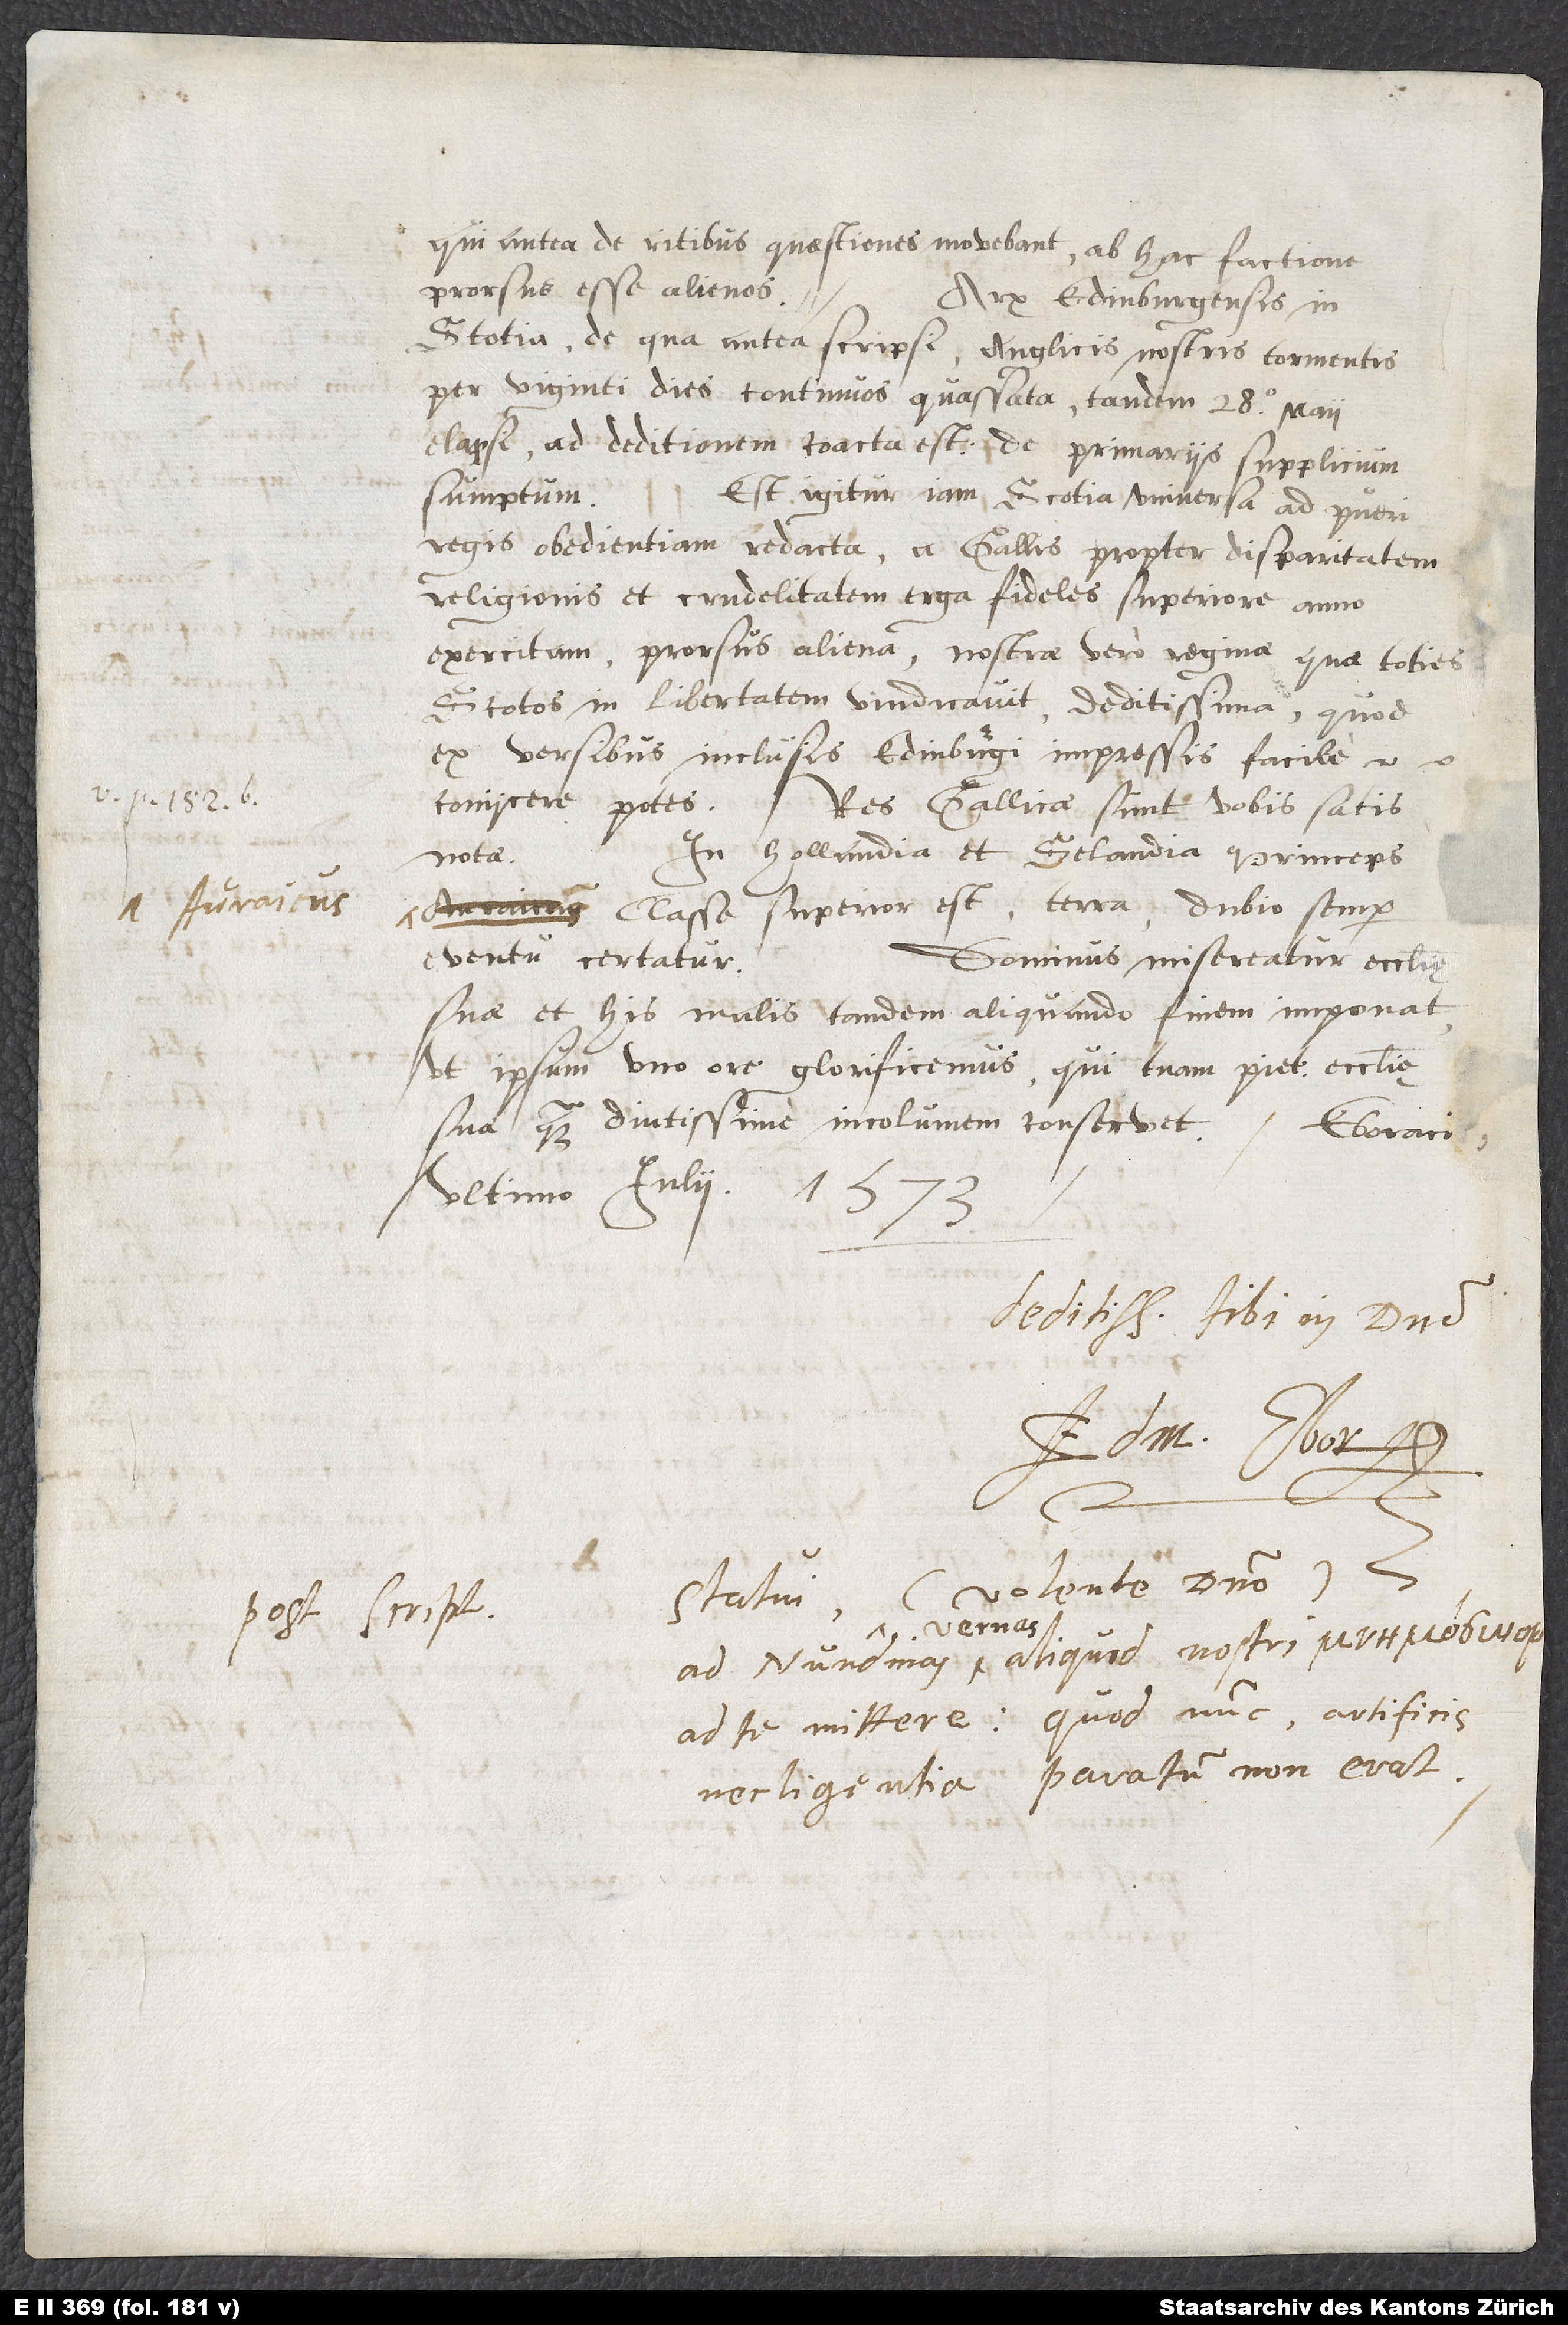
qui antea de ritibus quaestiones movebant, ab hac factione
prorsus esse alienos.
Arx Edinburgensis in
Scotia, de qua antea scripsi, Anglicis nostris tormentis
per viginti dies continuos quassata, tandem 28. maii
elapsi ad deditionem coacta est: de primariis supplicium
sumptum.
Est igitur iam Scotia universa ad pueri
obedientiam redacta; a Gallis propter disparitatem
religionis et crudelitatem erga fideles superiore anno
exercita prorsus aliena; nostrae vero reginae, quae toties
Scotos in libertatem vindicavit, deditissima; quod
ex versibus inclusis, Edinburgi impressis, facile
coniicere potes.
Res Gallicae sunt vobis satis
In Hollandia et Selandia princeps
notae.
Auraicus
classe superior est; terra dubio semper
Dominus misereatur ecclesię
eventu certatur.
suae, et his malis tandem aliquando finem imponat,
ut ipsum uno ore glorificemus; qui tuam pietatem ecclesię
ultimo julii, 1573.
Deditissimus tibi in domino,
(volente domino)
Postscript.
vernas
ad te mittere: quod nunc artificis
necligentia paratum non erat.